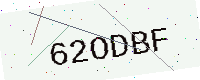
Text: 62ODBF